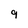
Character: 9